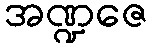
အဏ္ဍဇေ